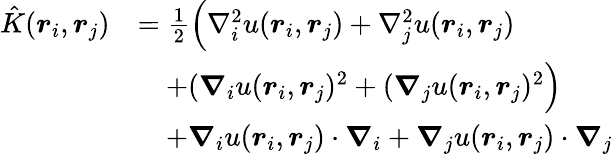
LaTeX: \begin{array}{rl}{\hat{K}(\boldsymbol{r}_{i},\boldsymbol{r}_{j})}&{=\frac{1}{2}\Big(\nabla_{i}^{2}u(\boldsymbol{r}_{i},\boldsymbol{r}_{j})+\nabla_{j}^{2}u(\boldsymbol{r}_{i},\boldsymbol{r}_{j})}\\ &{\quad+(\boldsymbol{\nabla}_{i}u(\boldsymbol{r}_{i},\boldsymbol{r}_{j})^{2}+(\boldsymbol{\nabla}_{j}u(\boldsymbol{r}_{i},\boldsymbol{r}_{j})^{2}\Big)}\\ &{\quad+\boldsymbol{\nabla}_{i}u(\boldsymbol{r}_{i},\boldsymbol{r}_{j})\cdot\boldsymbol{\nabla}_{i}+\boldsymbol{\nabla}_{j}u(\boldsymbol{r}_{i},\boldsymbol{r}_{j})\cdot\boldsymbol{\nabla}_{j}}\end{array}